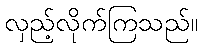
လှည့်လိုက်ကြသည်။